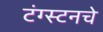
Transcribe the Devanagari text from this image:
टंग्स्टनचे